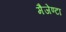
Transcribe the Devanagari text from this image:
मैजेण्टा